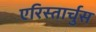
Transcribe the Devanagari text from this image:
एरिस्तार्चुस